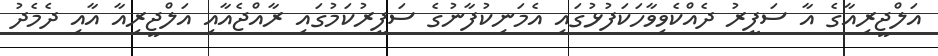
އަލްޖީރިއާގެ އާ ސަފީރު ދެއްކެވިވާހަކަފުޅުގައި އެމަނިކުފާނުގެ ސަފީރުކަމުގައި ރާއްޖެއާއި އަލްޖީރިއާ އާއި ދެމެދު